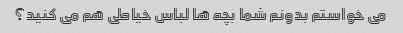
می خواستم بدونم شما بچه ها لباس خیاطی هم می کنید؟